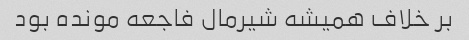
بر خلاف همیشه شیرمال فاجعه مونده بود